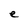
Character: e